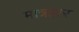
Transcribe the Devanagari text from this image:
मात्रहार